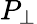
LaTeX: P_{\perp}